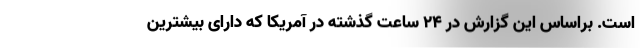
است. براساس این گزارش در ۲۴ ساعت گذشته در آمریکا که دارای بیشترین